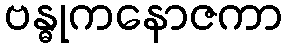
ဗန္ဓုကနောဇကာ